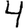
Digit: 4